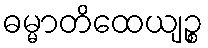
ဓမ္မာတိထေယျဉ္စ